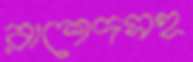
রাশেদসহ